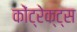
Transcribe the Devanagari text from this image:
कोंट्रेक्ट्स